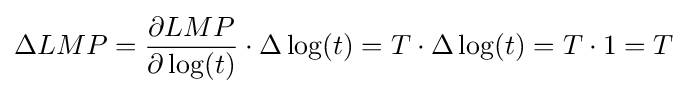
\Delta LMP={\frac {\partial LMP}{\partial \log(t)}}\cdot \Delta \log(t)=T\cdot \Delta \log(t)=T\cdot 1=T